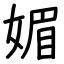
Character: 媚